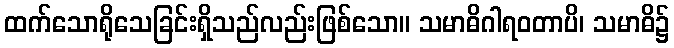
ထက်သောရိုသေခြင်းရှိသည်လည်းဖြစ်သော။ သမာဓိဂါရဝတာပိ၊ သမာဓိ၌